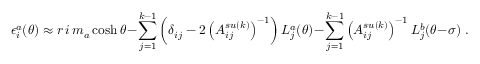
\epsilon _ { i } ^ { a } ( \theta ) \approx r \, i \, m _ { a } \cosh \theta - \sum _ { j = 1 } ^ { k - 1 } \left( \delta _ { i j } - 2 \left( A _ { i j } ^ { s u ( k ) } \right) ^ { - 1 } \right) L _ { j } ^ { a } ( \theta ) - \sum _ { j = 1 } ^ { k - 1 } \left( A _ { i j } ^ { s u ( k ) } \right) ^ { - 1 } L _ { j } ^ { b } ( \theta - \sigma ) \; .